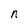
Character: n